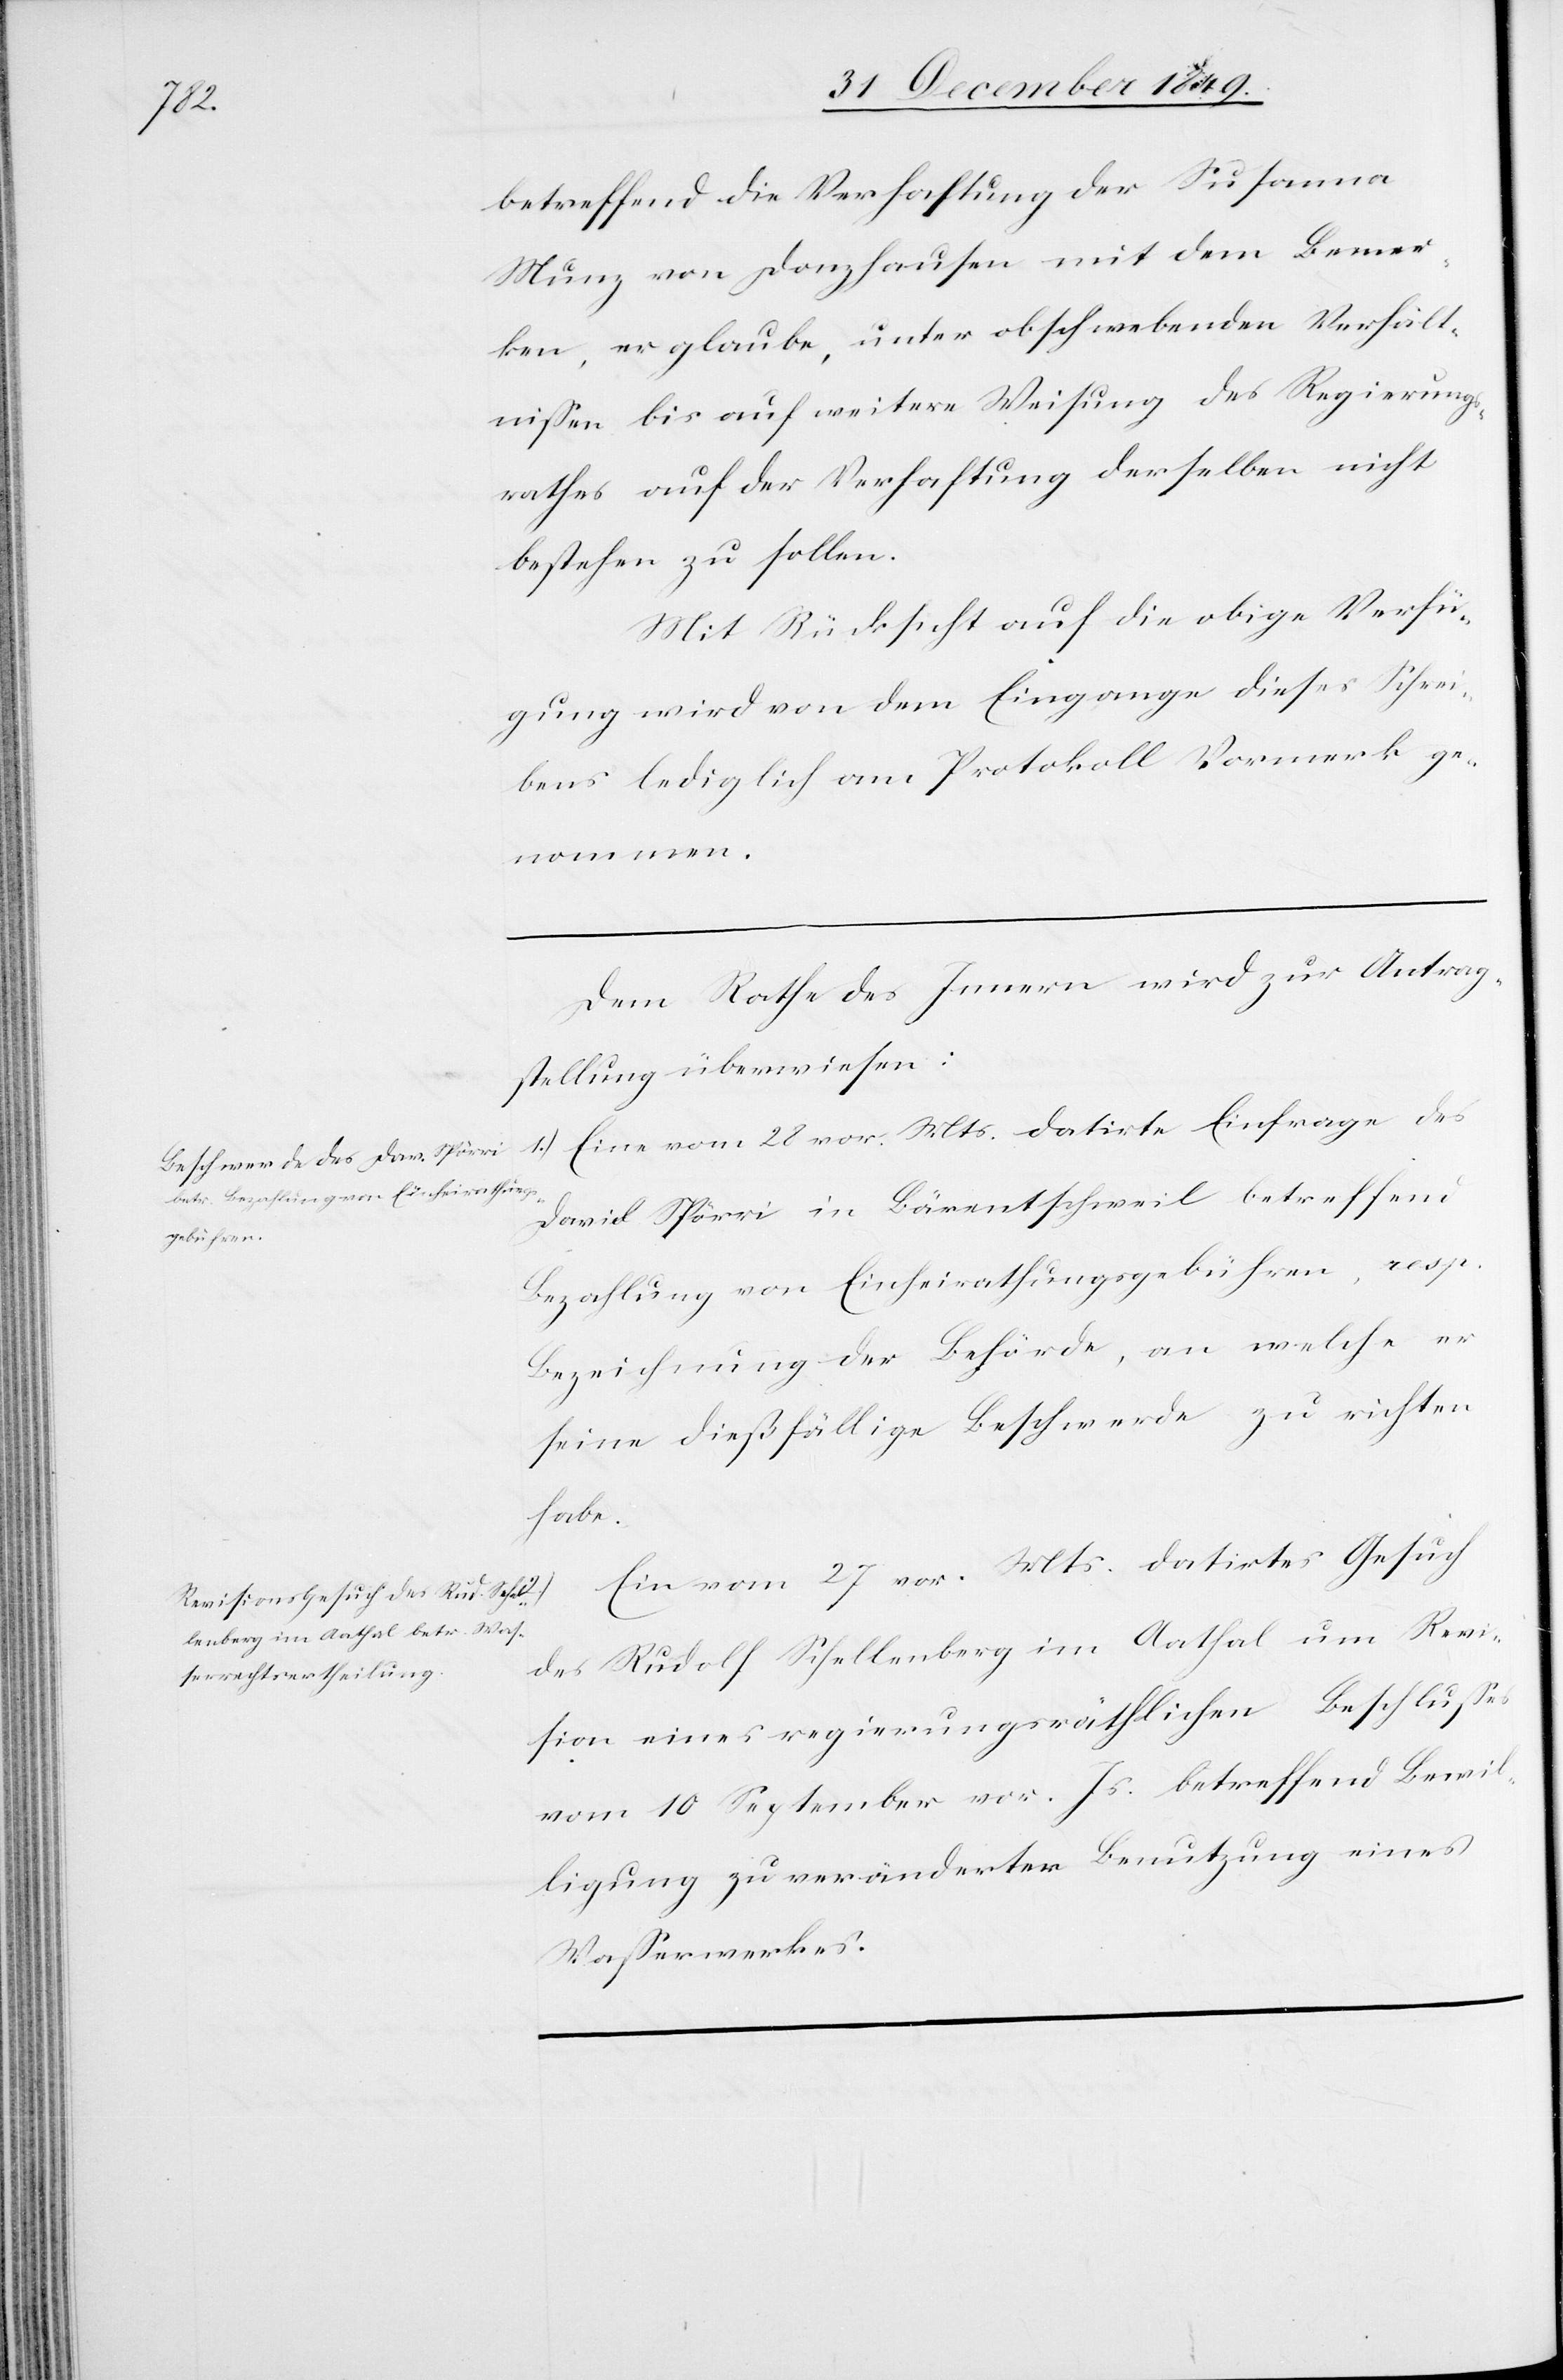
betreffend die Verhaftung der Susanna
Munz von Donzhausen mit dem Bemer¬
ken, er glaube, unter obschwebenden Verhält¬
nißen bis auf weitere Weisung des Regierungs¬
rathes auf der Verhaftung derselben nicht
bestehen zu sollen.
Mit Rücksicht auf die obige Verfü¬
gung wird von dem Eingange dieses Schrei¬
bens lediglich am Protokoll Vormerk ge¬
nommen.
Dem Rathe des Innern wird zur Antrag¬
stellung überwiesen:
1.) Eine vom 28 v. Mts. datirte Einfrage des
David Spörri in Bärentschweil betreffend
Bezahlung von Einheirathungsgebühren, resp.
Bezeichnung der Behörde, an welche er
seine dießfällige Beschwerde zu richten
habe.
Ein vom 27 vor. Mts. datirtes Gesuch
des Rudolf Schellenberg im Aathal um Revi¬
sion eines regierungsräthlichen Beschlußes
vom 10 September vor. Js. betreffend Bewil¬
ligung zu veränderten Benutzung eines
Waßerwerkes.